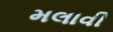
મલાવી